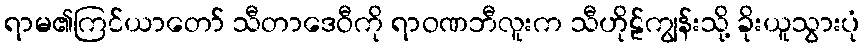
ရာမ၏ကြင်ယာတော် သီတာဒေဝီကို ရာဝဏဘီလူးက သီဟိုဠ်ကျွန်းသို့ ခိုးယူသွားပုံ